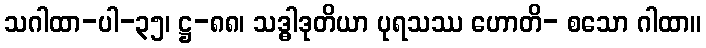
သဂါထာ-ပါ-၃၅၊ ဋ္ဌ-၈၈၊ သဒ္ဓါဒုတိယာ ပုရသဿ ဟောတိ- စသော ဂါထာ။